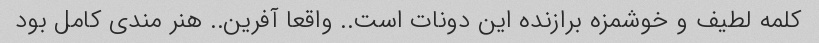
کلمه لطیف و خوشمزه برازنده این دونات است.. واقعا آفرین.. هنر مندی کامل بود